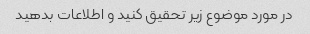
در مورد موضوع زیر تحقیق کنید و اطلاعات بدهید